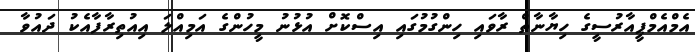
އެމްއެމްޕީއާރުސީގެ ހިޔާނާތް ރާވައި ހިންގުމުގައި އިސްކޮށް އުޅުނު މީހުންގެ އަމިއްލަ އިއުތިރާފާއެކު ދައުވާ